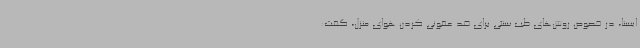
ایسنا،‌ در خصوص روش‌های طب سنتی برای ضد عفونی کردن هوای منزل، گفت: